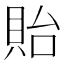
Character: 貽